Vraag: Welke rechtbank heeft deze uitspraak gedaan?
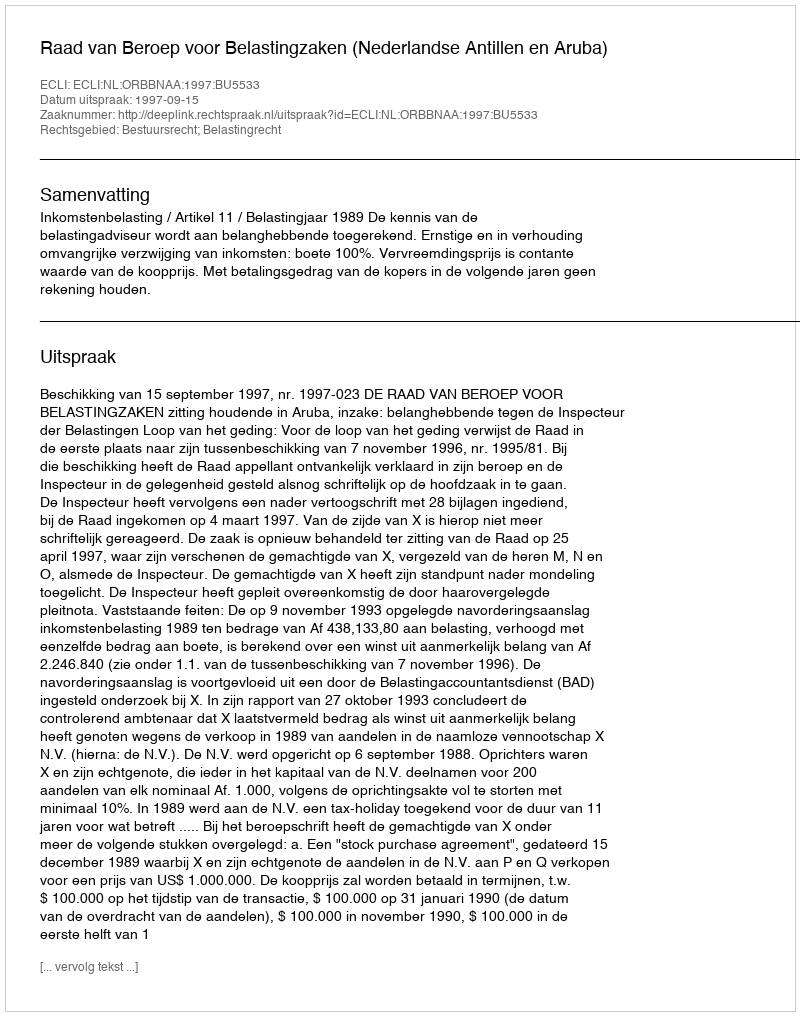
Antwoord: Raad van Beroep voor Belastingzaken (Nederlandse Antillen en Aruba)